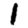
Digit: 1